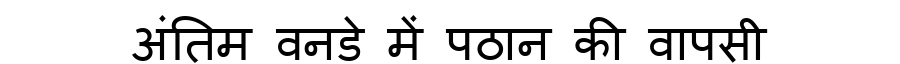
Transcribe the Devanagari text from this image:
अंतिम वनडे में पठान की वापसी